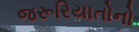
જરૂરિયાતોનો